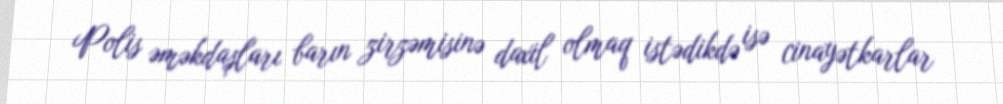
Polis əməkdaşları barın zirzəmisinə daxil olmaq istədikdə isə cinayətkarlar